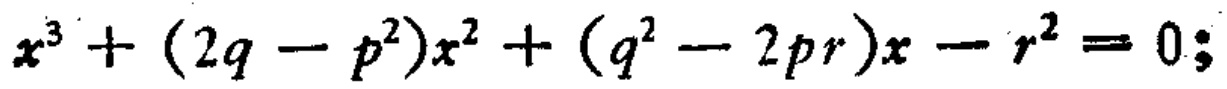
\(x^{3}+(2q - p^{2})x^{2}+(q^{2}-2pr)x - r^{2}=0;\)